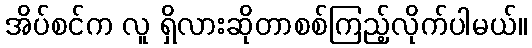
အိပ်စင်က လူ ရှိလားဆိုတာစစ်ကြည့်လိုက်ပါမယ်။